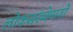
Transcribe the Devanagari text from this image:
लोकसंख्येमागी